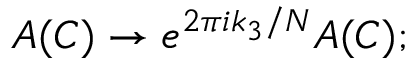
A ( C ) \rightarrow e ^ { 2 \pi i k _ { 3 } / N } A ( C ) ;